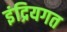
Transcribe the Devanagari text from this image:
इंद्रियगत